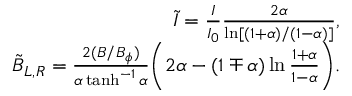
\begin{array} { r l r } & { } & { \tilde { I } = \frac { I } { I _ { 0 } } \frac { 2 \alpha } { \ln [ ( 1 + \alpha ) / ( 1 - \alpha ) ] } , } \\ & { } & { \tilde { B } _ { L , R } = \frac { 2 ( B / B _ { \phi } ) } { \alpha \operatorname { t a n h } ^ { - 1 } \alpha } \biggl ( 2 \alpha - ( 1 \mp \alpha ) \ln \frac { 1 + \alpha } { 1 - \alpha } \biggr ) . } \end{array}